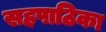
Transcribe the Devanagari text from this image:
सहपाठिका